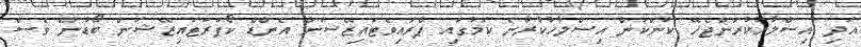
އަދި އިސްލާހުކުރަންޖެހޭ ކަންކަން އިސްލާހުކުރާނެ ކަމުގައި ޕްރައިވެޓައިޒޭޝަން އެންޑް ކޯޕަރަޓައިޒޭޝަން ބޯޑުން ވެސް